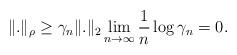
LaTeX: \begin{align*} \| . \|_{\rho} \geq \gamma_n \| . \|_2 \lim_{n \to \infty}\frac{1}{n}\log \gamma_n = 0.\end{align*}